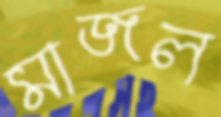
মাজল